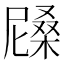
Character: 𣙰